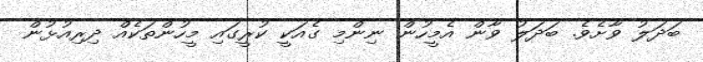
ބަދަލު ވާށެވެ. ބަދަލު ވާން އެމީހުން ނިންމި ގެއަކީ ކުރީގައި މީހުންތަކެއް ދިރިއުޅުން